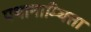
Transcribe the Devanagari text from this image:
पथानाम्थित्ता